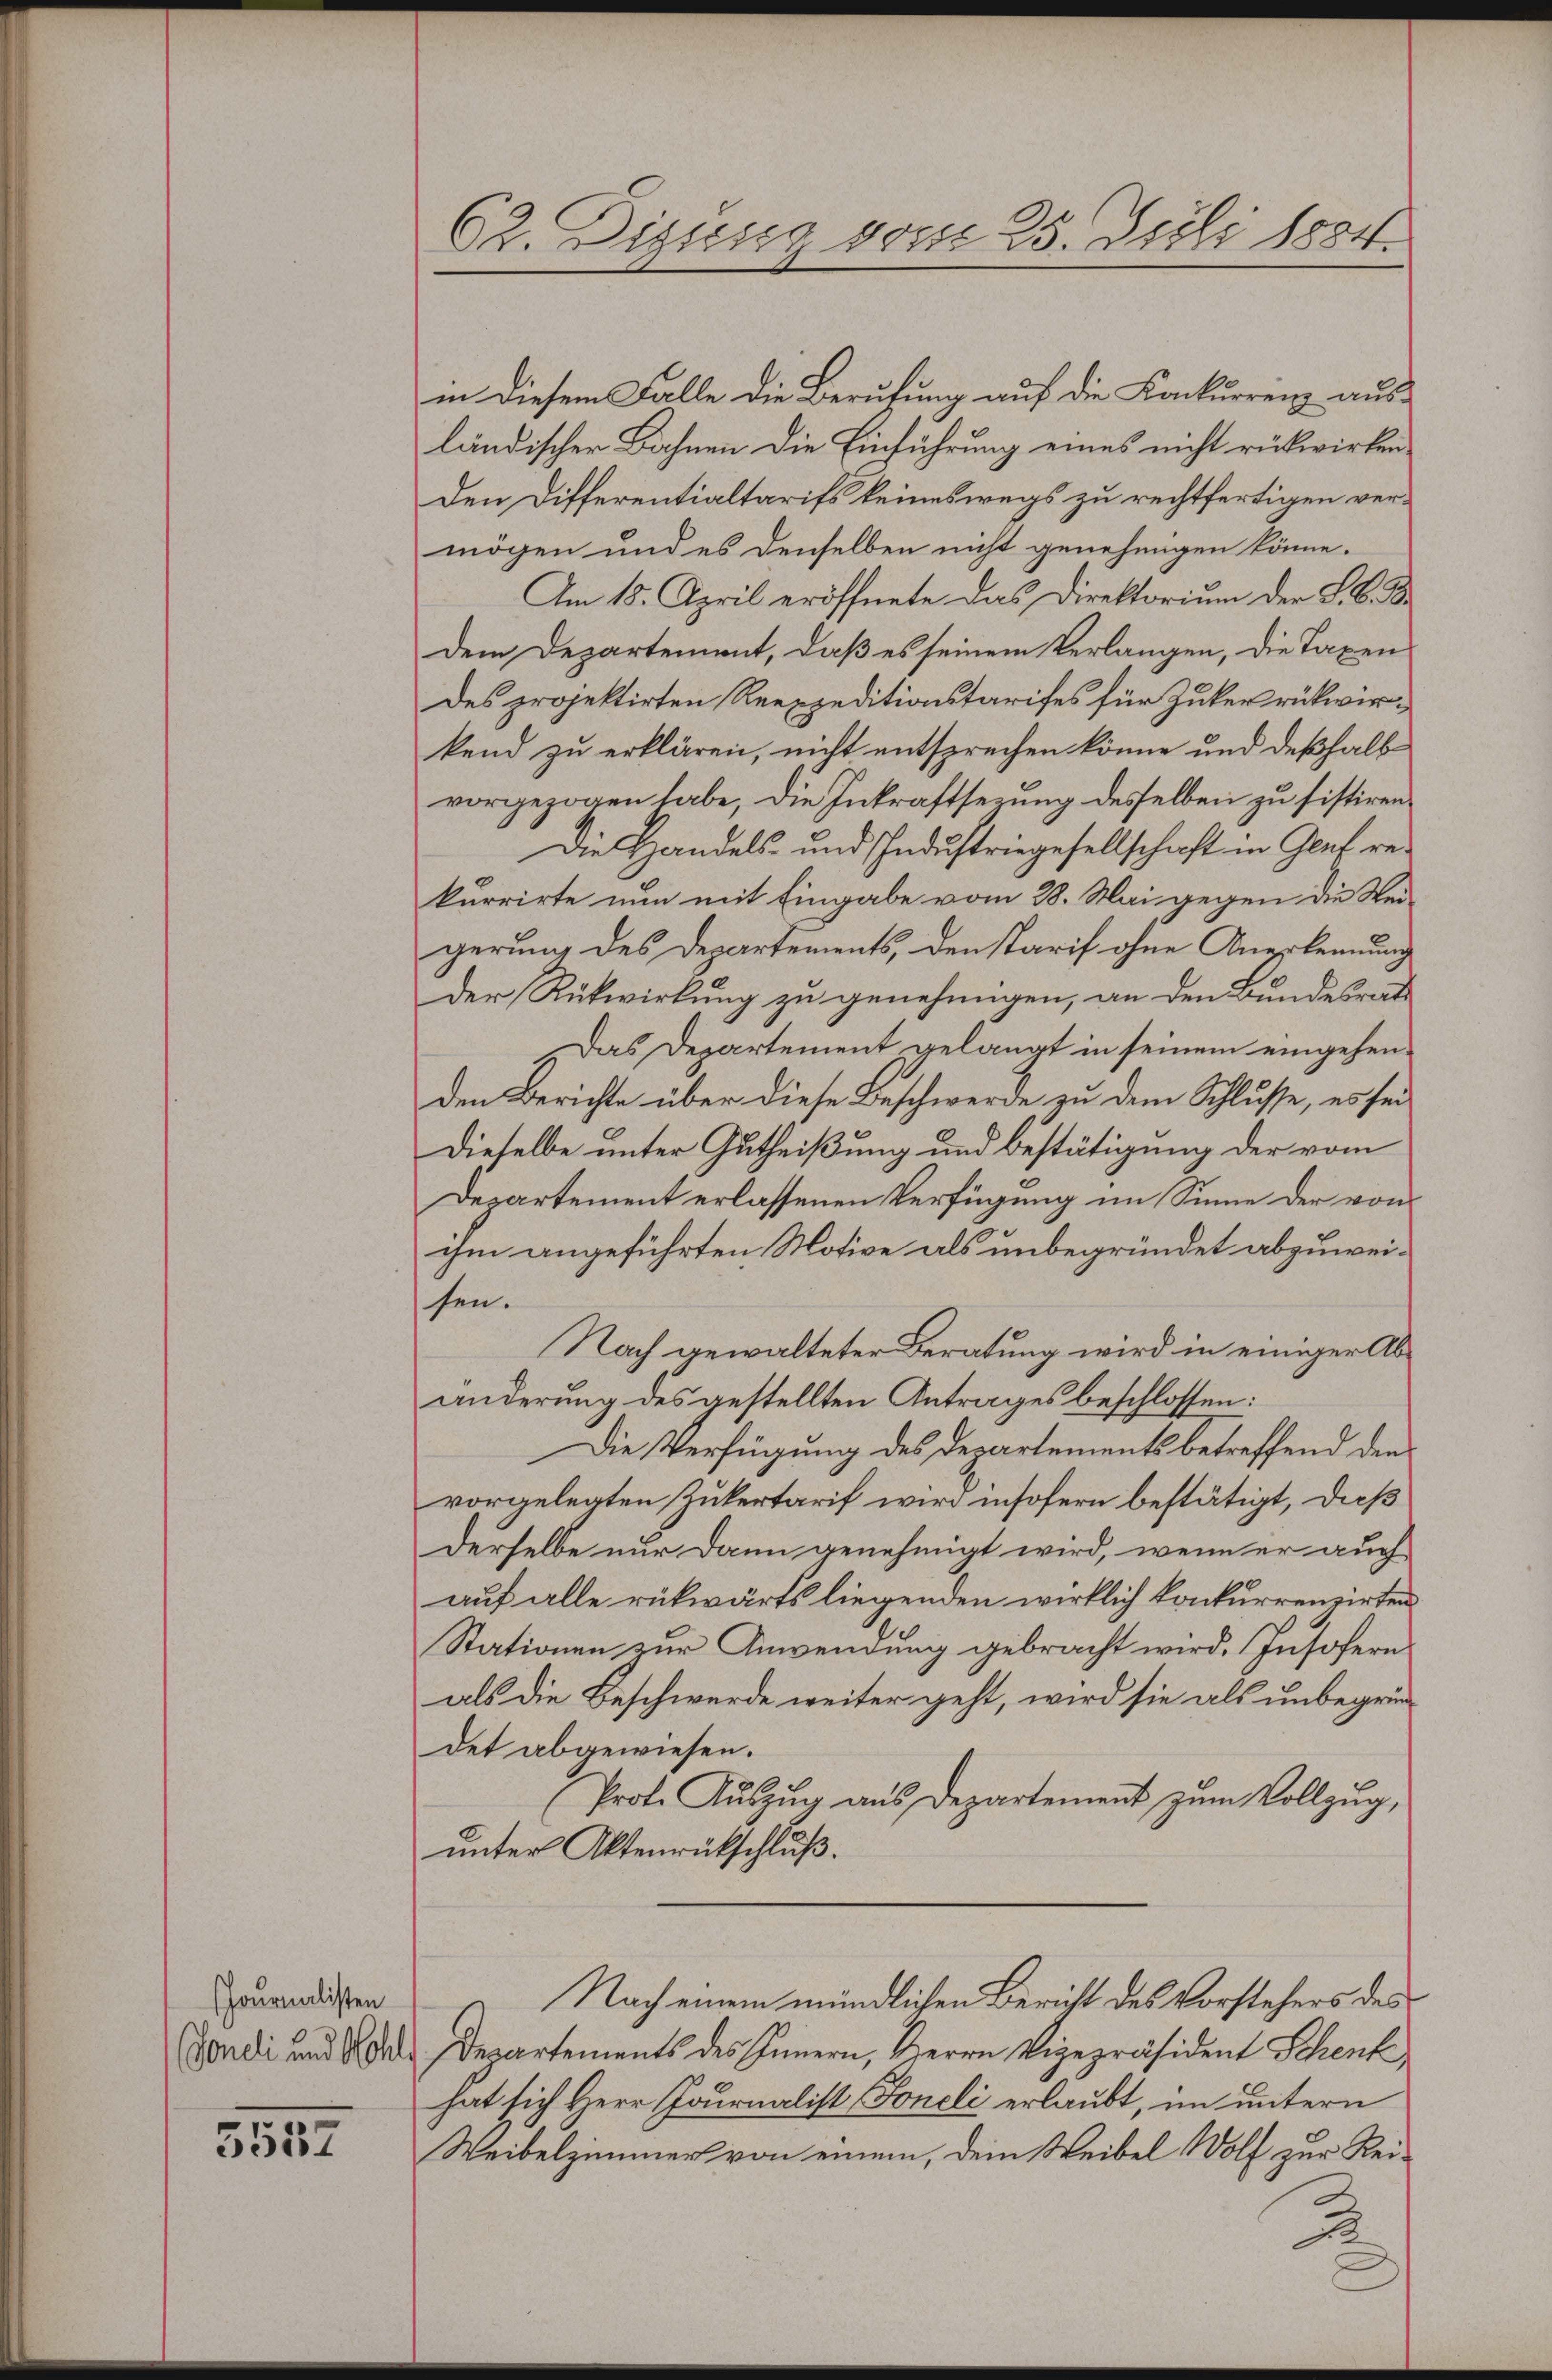
Cournalisten
Sondli und Nohl,

5552

62. Digung vom 25. Juli 1884

in diesem Falle die Berufung auf die Konkurrenz aus-
ländischer Bahnen die Einführung eines nicht rückwirken¬
Den Differentialtarifs keineswegs zu rechtfertigen vermögen und es denselben nicht genehmigen könne.
Am 18. April eröffnete das Direktorium der L. B. B
Dem Departement, daß es seinem Verlangen, die Taxen
des projektirten Reexpeditionstarifes für Zuker rükwirkend zu erklären, nicht entsprechen könne und deßhalb
vorgezogen habe, die Inkraftsezung desselben zu sistiren
Die Handels- und Industriegesellschaft in Gluf rekurrirte nun mit Eingabe vom 28. Mai gegen die Weigerung des Departements, den starif ohne Anerkennung
der Rückwirkung zu genehmigen, an den Bundesrat
Das Departement gelangt in seinem eingehenden Berichte über diese Beschwerde zu dem Schlusse, es sei
Dieselbe unter Gutheißung und bestätigung der vom
Departement erlassenen Verfügung im Sinne der von
ihm angeführten Motive als unbegründet abzuweisen.
Nach gewalteter Beratung wird in einiger Abänderung des gestellten Antrages beschlossen:
Die Verfügung des Departements betreffend den
vorgelegten Zukertarif wird insofern bestätigt, daß
derselbe nur dann genehmigt wird, wenn er auch
auf alle rückwärts liegenden wirklich konkurrenzirten
Stationen zur Anwendung gebracht wird, Insofern
als die Beschwerde weiter geht, wird sie als unbegründet abgewiesen.
Prote Auszug aus Departement zum Vollzug,
unter Aktenrückschluß.
Nach einem mündlichen Bericht des Vorstehers des
Departements des Innern, Herrn Vizepräsident Schenk,
hat sich Herr Journalist Foneli erlaubt, im untern
Weibelzimmer von einem, dem Weibel Wolf zur Rei¬
2